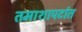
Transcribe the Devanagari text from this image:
तमाशापटांत